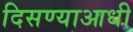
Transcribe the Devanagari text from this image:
दिसण्याआधी